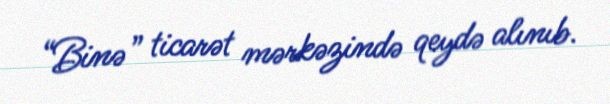
“Binə” ticarət mərkəzində qeydə alınıb.